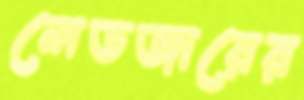
লেডজারের